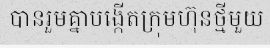
បានរួមគ្នាបង្កើតក្រុមហ៊ុនថ្មីមួយ